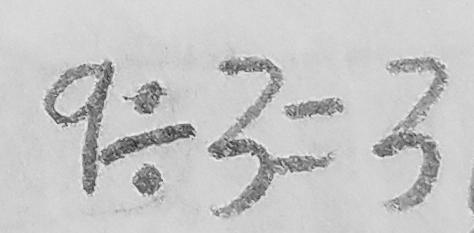
9 \div 3 = 3